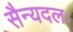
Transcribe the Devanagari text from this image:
सैन्यदलः